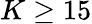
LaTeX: K\geq 15